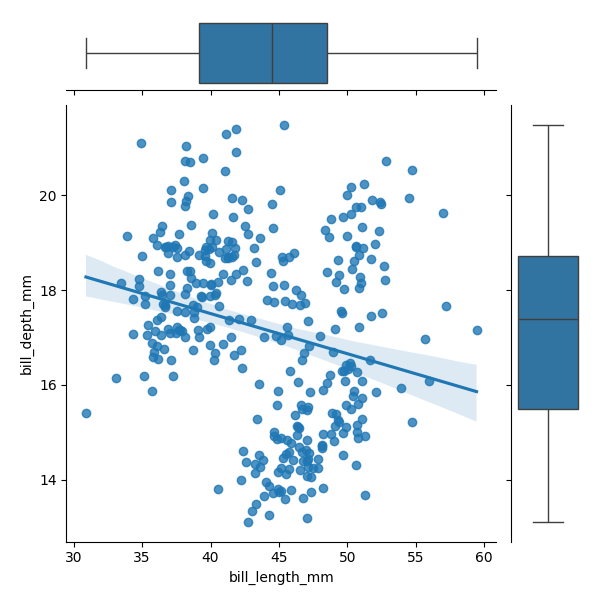
python, seaborn, JointGrid, regplot, boxplot